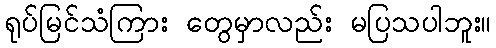
ရုပ်မြင်သံကြား တွေမှာလည်း မပြသပါဘူး။